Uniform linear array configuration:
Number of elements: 48
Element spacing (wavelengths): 0.75
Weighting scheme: binomial
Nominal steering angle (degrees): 45
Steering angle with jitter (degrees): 44.421
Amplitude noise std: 0.05
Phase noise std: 0.05

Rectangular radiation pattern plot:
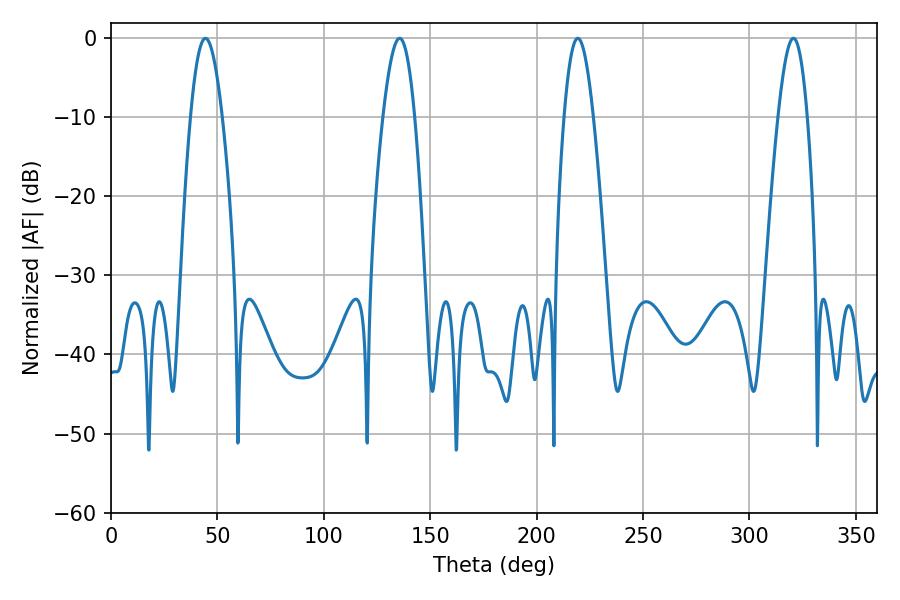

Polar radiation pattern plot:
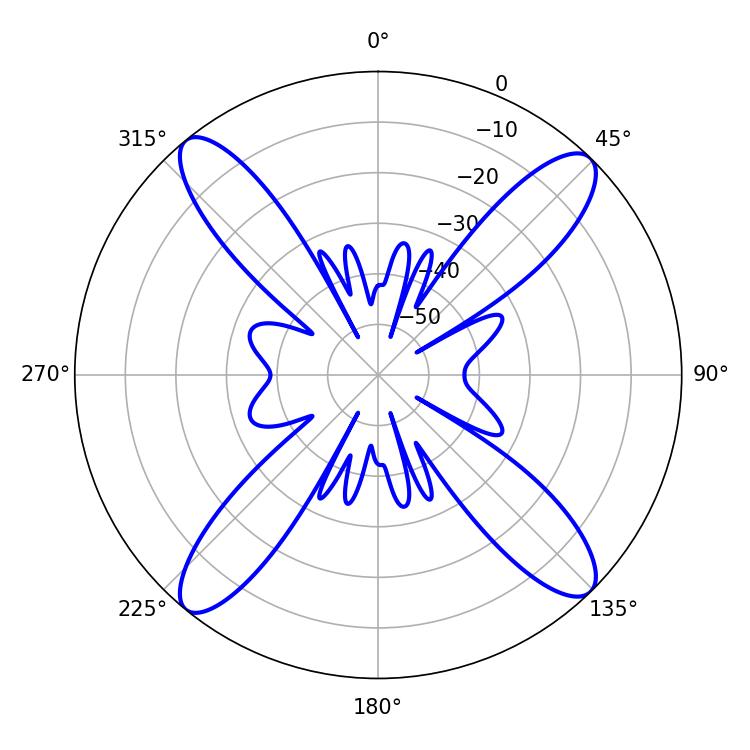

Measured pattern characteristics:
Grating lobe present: TRUE
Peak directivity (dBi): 17.615
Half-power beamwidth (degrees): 8.1
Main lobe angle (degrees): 44.46